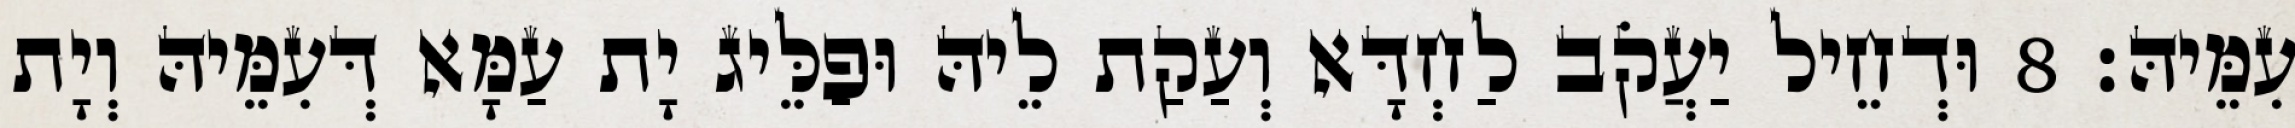
עִמֵּיהּ׃ 8 וּדְחֵיל יַעֲקֹב לַחְדָּא וְעַקַת לֵיהּ וּפַלֵּיג יָת עַמָּא דְּעִמֵּיהּ וְיָת